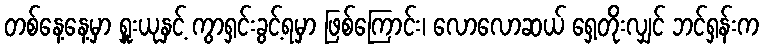
တစ်နေ့နေ့မှာ ရှူးယုနှင့် ကွာရှင်းခွင့်ရမှာ ဖြစ်ကြောင်း၊ လောလောဆယ် ရှေ့တိုးလျှင် ဘင်ရှန်းက